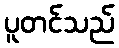
ပူတင်သည်